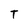
Character: T